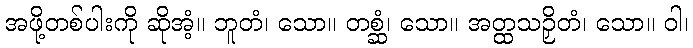
အဖို့တစ်ပါးကို ဆိုအံ့။ ဘူတံ၊ သော။ တစ္ဆံ၊ သော။ အတ္ထသဉှိတံ၊ သော။ ဝါ၊